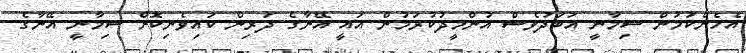
އެހެންކަމުން ސިމާނީ އަބަދުވެސް އުންމީދުކުރަމުން އައީ އޭނާގެ ދަރިން ކައިވެނިކޮށް ސިމާނީ އޭނާގެ